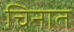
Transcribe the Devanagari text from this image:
चिनात